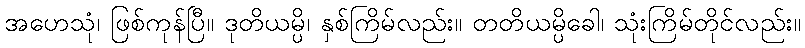
အဟေသုံ၊ ဖြစ်ကုန်ပြီ။ ဒုတိယမ္ပိ၊ နှစ်ကြိမ်လည်း။ တတိယမ္ပိခေါ၊ သုံးကြိမ်တိုင်လည်း။